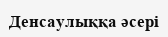
Денсаулыққа әсері